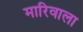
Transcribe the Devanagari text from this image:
मारिवाला